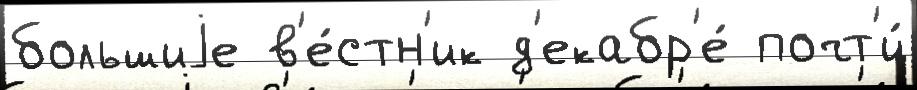
большиjе в'е́стн'ик д'екабр'е́ почт'и́